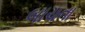
બાચના